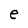
Character: e